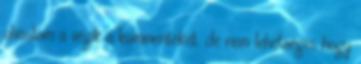
olvastam a végik a kommenteket, de nem lehetséges hogy